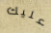
عليك